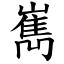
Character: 嶲